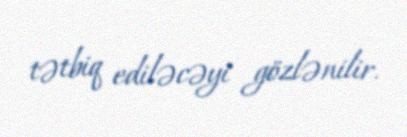
tətbiq ediləcəyi gözlənilir.